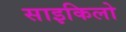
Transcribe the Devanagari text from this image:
साइकिलो